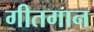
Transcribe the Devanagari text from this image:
गीतगान